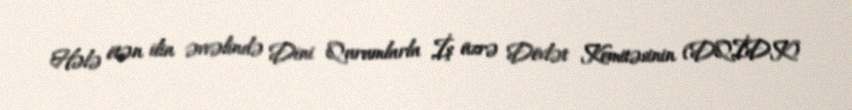
Hələ ötən ilin əvvəlində Dini Qurumlarla İş üzrə Dövlət Komitəsinin (DQİDK)